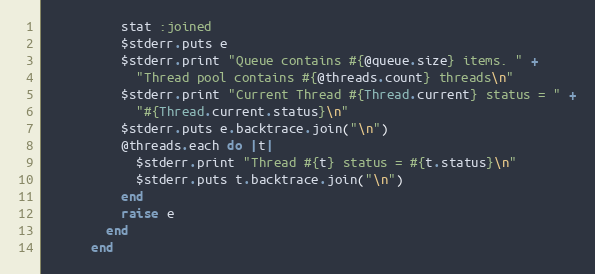
Language: Ruby
          stat :joined
          $stderr.puts e
          $stderr.print "Queue contains #{@queue.size} items. " +
            "Thread pool contains #{@threads.count} threads\n"
          $stderr.print "Current Thread #{Thread.current} status = " +
            "#{Thread.current.status}\n"
          $stderr.puts e.backtrace.join("\n")
          @threads.each do |t|
            $stderr.print "Thread #{t} status = #{t.status}\n"
            $stderr.puts t.backtrace.join("\n")
          end
          raise e
        end
      end